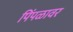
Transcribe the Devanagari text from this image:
पिंपळावर